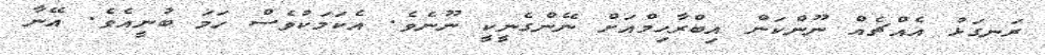
ރަނގަޅު އެއްޗެއް ނޫންކަން އިބްރާހިމްއަށް ނޭންގެނީކީ ނޫނެވެ. އެކަމަކުވެސް ހަމަ ބުނީއެވެ. އޭނާ